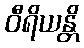
ဝီရိယန္တိ